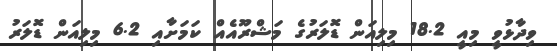
ވިދާޅުވީ މިއީ 18.2 މިލިއަން ޑޮލަރުގެ މަޝްރޫއެއް ކަމަށާއި 6.2 މިިލިއަން ޑޮލަރު